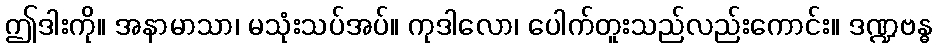
ဤဒါးကို။ အနာမာသာ၊ မသုံးသပ်အပ်။ ကုဒါလော၊ ပေါက်တူးသည်လည်းကောင်း။ ဒဏ္ဍဗန္ဓ